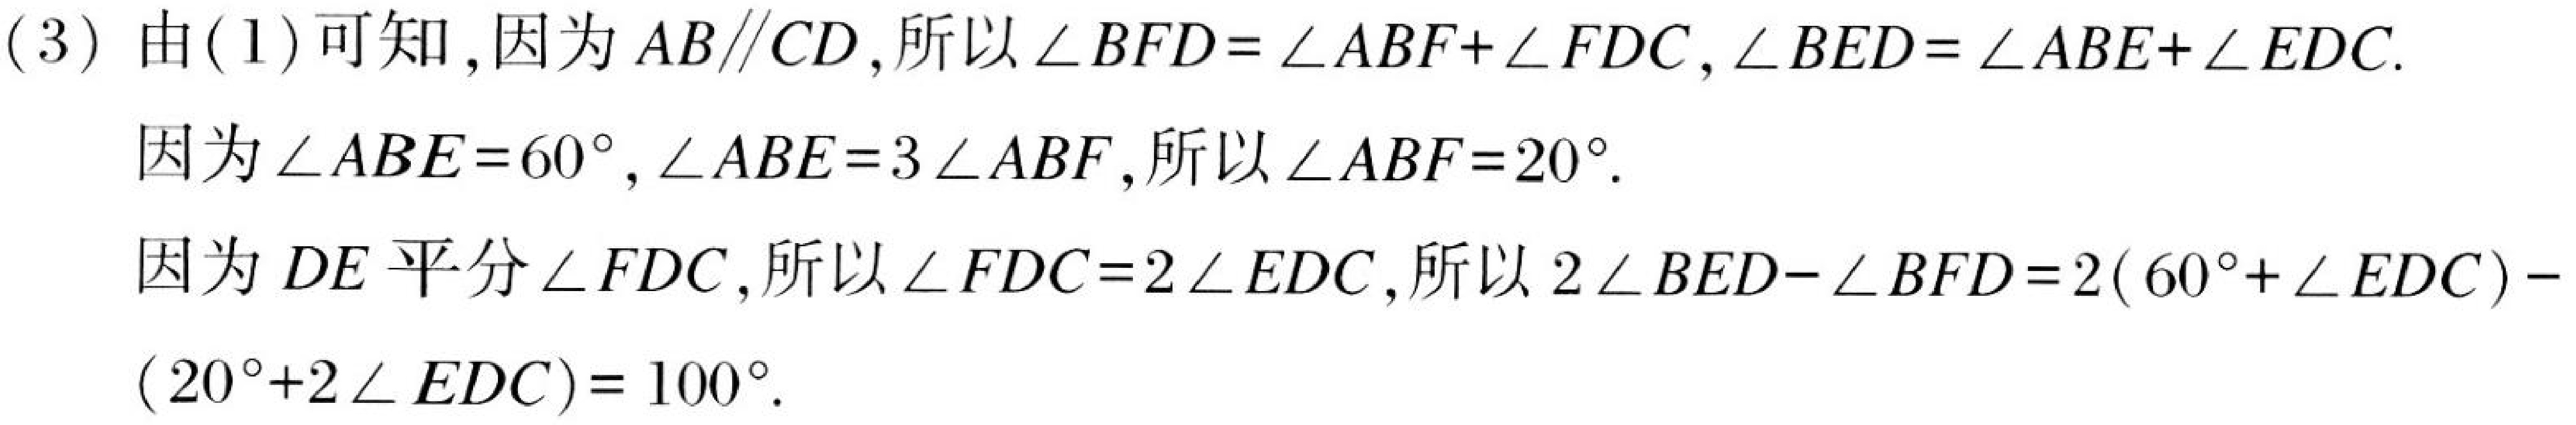
(3) 由(1)可知, 因为 \(AB\parallel CD\), 所以 \(\angle BFD=\angle ABF + \angle FDC\), \(\angle BED=\angle ABE+\angle EDC\).
因为 \(\angle ABE = 60^{\circ}\), \(\angle ABE = 3\angle ABF\), 所以 \(\angle ABF = 20^{\circ}\).
因为 \(DE\) 平分 \(\angle FDC\), 所以 \(\angle FDC = 2\angle EDC\), 所以 \(2\angle BED-\angle BFD=2(60^{\circ}+\angle EDC)- (20^{\circ}+2\angle EDC)=100^{\circ}\).